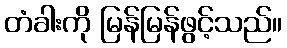
တံခါးကို မြန်မြန်ဖွင့်သည်။